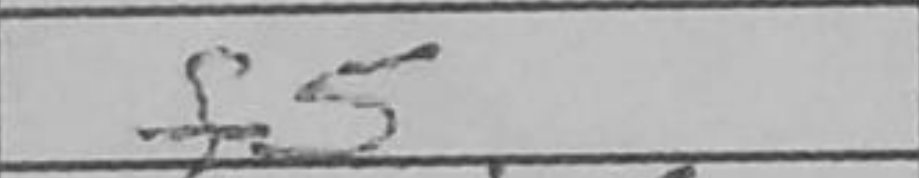
Transcription: f5